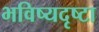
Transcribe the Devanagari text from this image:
भविष्यदृष्टा